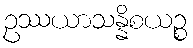
ဥဿယာသန္နိစယဉ္စ